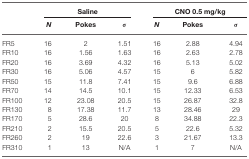
<table><thead><tr><td></td><td colspan="3"><b>Saline</b></td><td colspan="3"><b>CNO 0.5 mg/kg</b></td></tr><tr><td></td><td><b><i>N</i></b></td><td><b>Pokes</b></td><td><b>σ</b></td><td><b><i>N</i></b></td><td><b>Pokes</b></td><td><b>σ</b></td></tr></thead><tbody><tr><td>FR5</td><td>16</td><td>2</td><td>1.51</td><td>16</td><td>2.88</td><td>4.94</td></tr><tr><td>FR10</td><td>16</td><td>1.56</td><td>1.63</td><td>16</td><td>2.63</td><td>2.78</td></tr><tr><td>FR20</td><td>16</td><td>3.69</td><td>4.32</td><td>16</td><td>5.13</td><td>5.02</td></tr><tr><td>FR30</td><td>16</td><td>5.06</td><td>4.57</td><td>15</td><td>6</td><td>5.82</td></tr><tr><td>FR50</td><td>15</td><td>11.8</td><td>7.41</td><td>15</td><td>9.6</td><td>6.88</td></tr><tr><td>FR70</td><td>14</td><td>14.5</td><td>10.1</td><td>15</td><td>12.33</td><td>6.53</td></tr><tr><td>FR100</td><td>12</td><td>23.08</td><td>20.5</td><td>15</td><td>26.87</td><td>32.8</td></tr><tr><td>FR130</td><td>8</td><td>17.38</td><td>11.7</td><td>13</td><td>28.46</td><td>29</td></tr><tr><td>FR170</td><td>5</td><td>28.6</td><td>20</td><td>8</td><td>34.88</td><td>22.3</td></tr><tr><td>FR210</td><td>2</td><td>15.5</td><td>20.5</td><td>5</td><td>22.6</td><td>5.32</td></tr><tr><td>FR260</td><td>2</td><td>19</td><td>22.6</td><td>3</td><td>21.67</td><td>13.3</td></tr><tr><td>FR310</td><td>1</td><td>13</td><td>N/A</td><td>1</td><td>7</td><td>N/A</td></tr></tbody></table>